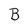
Character: B